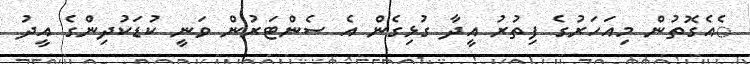
ެއެގޮތުން މިއަހަރުގެ ފިތުރު އީދާ ގުޅިގެން އެ ސެންޓަރުން ވަނީ ކުޑަކުދިންގެ އީދު